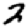
Digit: 2